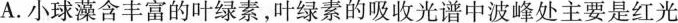
A. 小球藻含丰富的叶绿素，叶绿素的吸收光谱中波峰处主要是红光